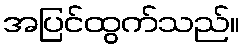
အပြင်ထွက်သည်။